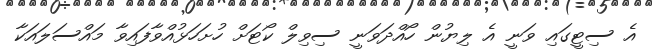
އެ ސިޓީގައި ވަނީ އެ ލިޔުން ހޯއްދަވަނީ ސިވިލް ކޯޓަށް ހުށަހަޅުއްވާފައިވާ މައްސަލައަކާ